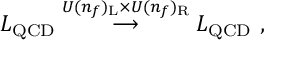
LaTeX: { \cal { L } } _ { \mathrm { Q C D } } \stackrel { U ( n _ { f } ) _ { \mathrm { L } } \times U ( n _ { f } ) _ { \mathrm { R } } } { \longrightarrow } { \cal { L } } _ { \mathrm { Q C D } } ~ ,